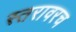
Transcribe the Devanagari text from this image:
स्तरावरच